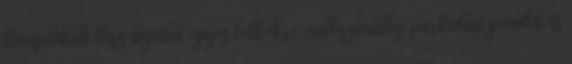
komplikált lesz bejutni egyes telkekre, valószínűleg parkolási gondok is